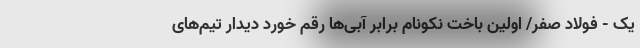
یک - فولاد صفر/ اولین باخت نکونام برابر آبی‌ها رقم خورد دیدار تیم‌های